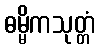
ဓမ္မိကသုတ္တံ